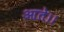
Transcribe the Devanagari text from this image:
आते।।